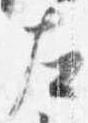
左